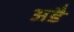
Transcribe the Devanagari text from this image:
अडै